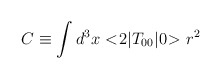
\begin{align*}C \equiv \int d^3x <\!2|T_{00}|0\!> r^2 \end{align*}